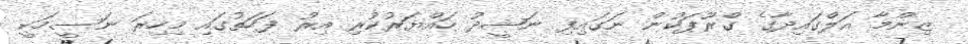
ޒިންމާ އަލްގައިދާގެ ގްރޫޕަކުން ނަގައިފި ނަޝީދު ހައްޔަރުކުރި އިރު ފަހަތުގައި މިހިރަ ނަސީމަކީ